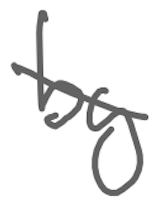
Text: by
Cross-out: diagonal
Writing tool: digital_gray